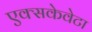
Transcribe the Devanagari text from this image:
एक्सकेवेटा